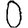
Digit: 0